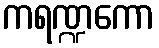
ကရဏ္ဍကော